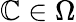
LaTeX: \mathbb{C}\in\Omega